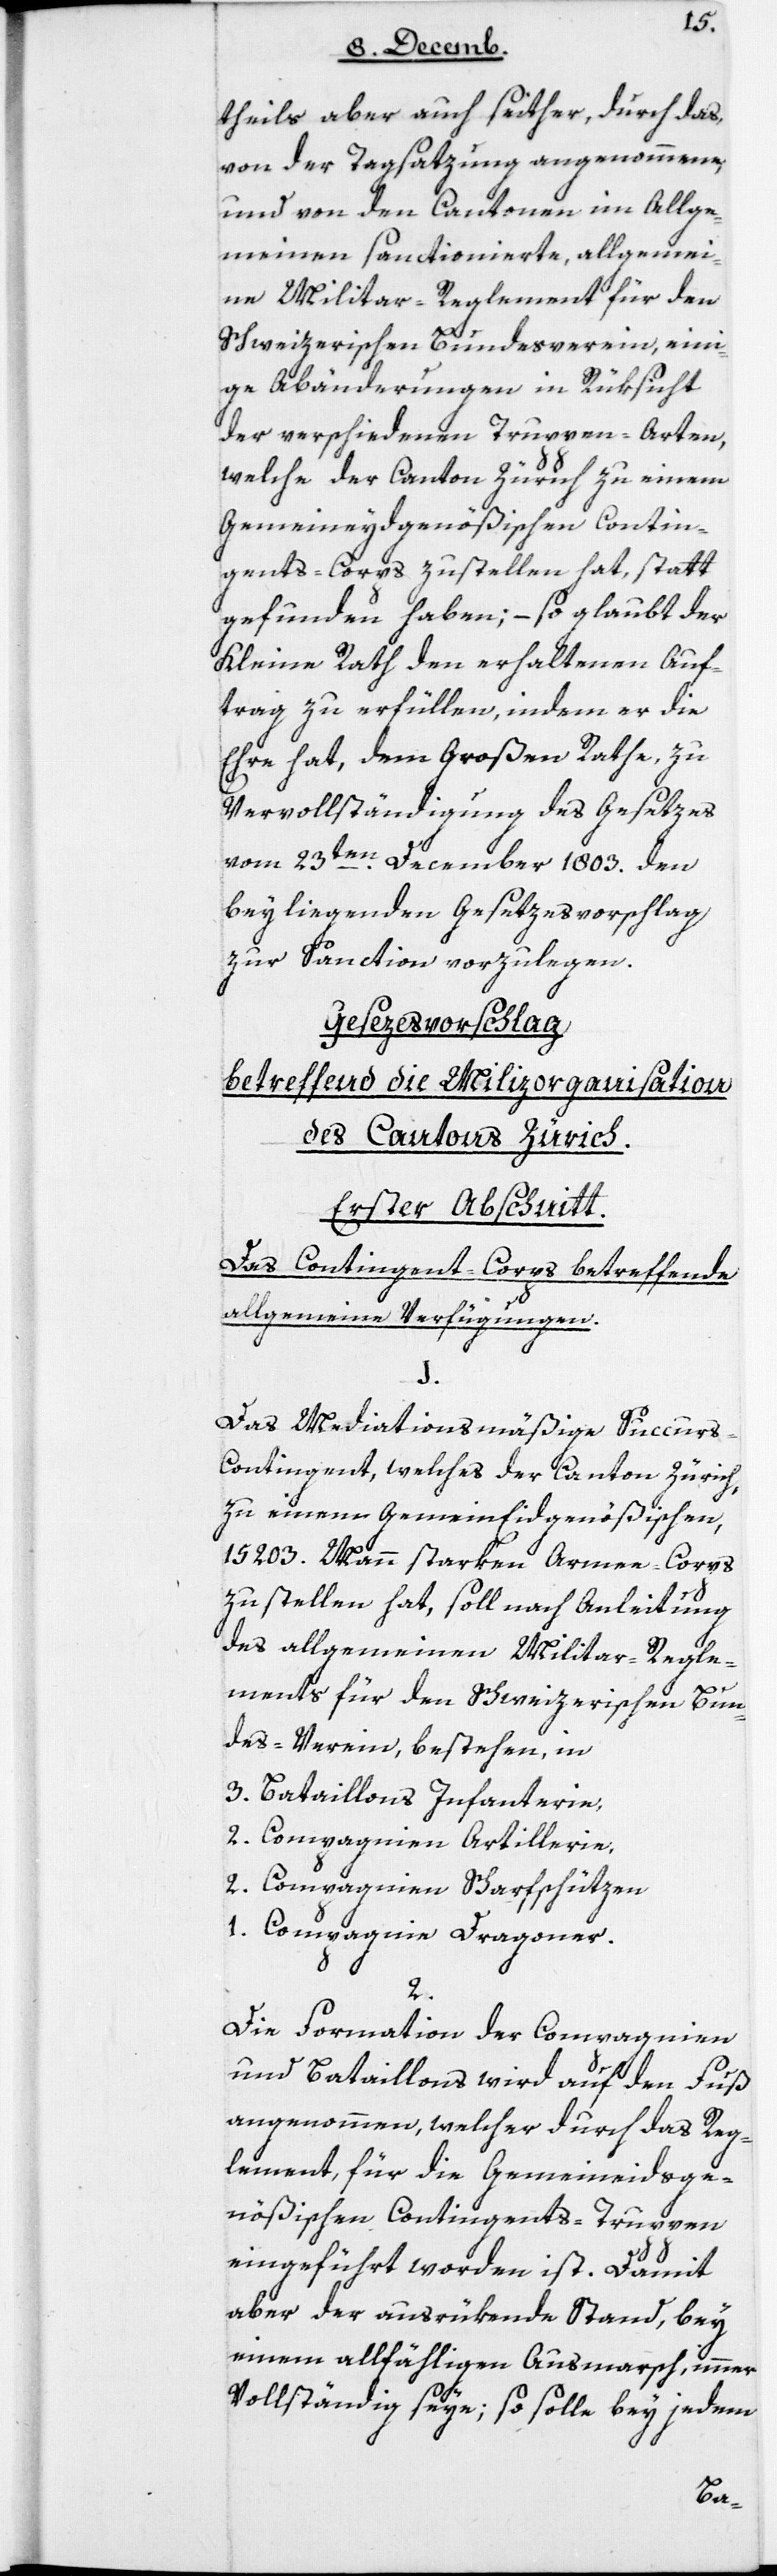
theils aber auch seither, durch das
von der Tagsatzung angenommene,
und von den Cantonen im Allge¬
meinen sanctionierte, allgemei¬
ne Militar-Reglement für den
Schweizerischen Bundesverein, ein¬
ige Abänderungen in Rüksicht
der verschiedenen Truppen-Arten,
welche der Canton Zürich zu einem
Gemeineydgenößischen Contin¬
gents-Corps zu stellen hat, statt¬
gefunden haben; – so glaubt der
Kleine Rath den erhaltenen Auf¬
trag zu erfüllen, indem er die
Ehre hat, dem Großen Rate zu
Vervollständigung des Gesetzes
vom 23ten December 1803 den
beyliegenden Gesetzesvorschlag
zur Sanction vorzulegen.
Gesezes-Vorschlag
betreffend die Milizorganisation
des Cantons Zürich.
Erster Abschnitt:
Das Contingent-Corps betreffende
allgemeine Verfügungen.
1.
Das Mediationsmäßige Succur¬
s-Contingent, welches der Canton Zürich
zu einem Gemein-Eiddgenößischen,
15'203 Mann starken Armee-Corps
zu stellen hat, soll nach Anleitung
des allgemeinen Militar-Regle¬
ments für den Schweizerischen Bun¬
desverein, bestehen in:
3. Bataillons Infanterie;
2. Compagnien Artillerie;
2. Compagnien Scharfschüzen;
1. Compagnie Dragoner.
2.
Die Formation der Compagnien
und Bataillons wird auf den Fuß
angenommen, welcher durch das Reg¬
lement, für die Gemeineydsge¬
nößischen Contingents-Truppen
eingeführt worden ist. Damit
aber der ausrükende Stand, bey
einem allfälligen Ausmarsch, immer
vollständig seye, so solle bey jedem